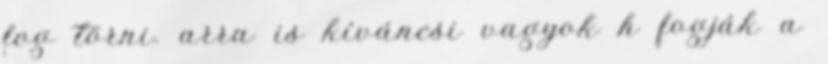
fog törni. arra is kíváncsi vagyok h fogják a